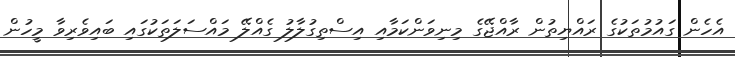
އެހެން ގައުމުތަކުގެ ރައްޔިތުން ރާއްޖޭގެ މިނިވަންކަމާއި އިސްތިގުލާލު ގެއްލޭ މައްސަލަތަކުގައި ބައިވެރިވާ މީހުން